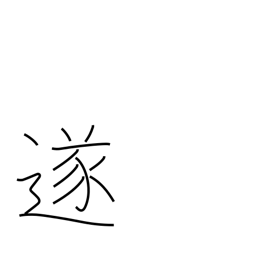
Meaning: consummate